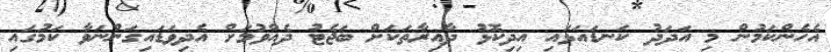
އެހެންކަމުން މި އަދަދު ކަނޑައަޅައި އިދިކޮޅު ދާއިރާތަކަށް ބަޖެޓު ދެއްވުމަށް އެދިވަޑައިގަންނަވާ ކަމުގައި